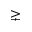
\gneq